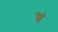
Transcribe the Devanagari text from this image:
षं